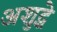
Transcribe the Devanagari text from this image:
अशुद्धे